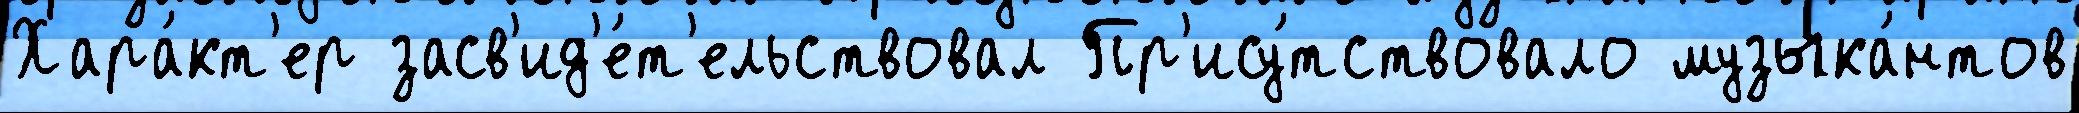
Хара́кт'ер засв'ид'е́т'ельствовал Пр'ису́тствовало музыка́нтов